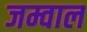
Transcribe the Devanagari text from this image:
जम्वाल